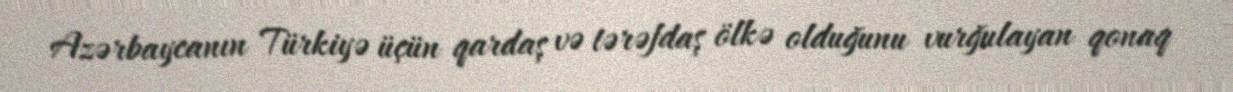
Azərbaycanın Türkiyə üçün qardaş və tərəfdaş ölkə olduğunu vurğulayan qonaq